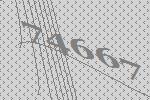
74667